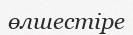
өлшестіре